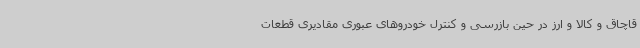
قاچاق و کالا و ارز در حین بازرسی و کنترل خودروهای عبوری مقادیری قطعات